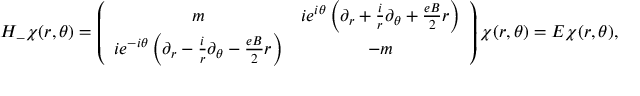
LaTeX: H _ { - } \chi ( r , \theta ) = \left( \begin{array} { c c } { { m } } & { { i e ^ { i \theta } \left( \partial _ { r } + \frac { i } { r } \partial _ { \theta } + \frac { e B } { 2 } r \right) } } \\ { { i e ^ { - i \theta } \left( \partial _ { r } - \frac { i } { r } \partial _ { \theta } - \frac { e B } { 2 } r \right) } } & { { - m } } \end{array} \right) \chi ( r , \theta ) = E \chi ( r , \theta ) ,